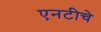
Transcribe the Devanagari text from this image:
एनटीचे